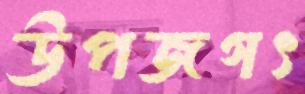
উপজগৎ